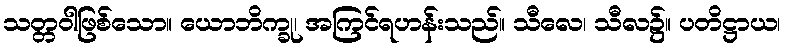
သတ္တဝါဖြစ်သော။ ယောဘိက္ခု၊ အကြင်ရဟန်းသည်။ သီလေ၊ သီလ၌။ ပတိဋ္ဌာယ၊